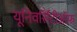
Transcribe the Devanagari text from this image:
यूनिवर्सिटीऑफ